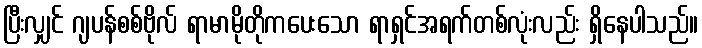
ပြီးလျှင် ဂျပန်စစ်ဗိုလ် ရာမာမိုတိုကပေးသော ရာရှင်အရက်တစ်လုံးလည်း ရှိနေပါသည်။